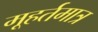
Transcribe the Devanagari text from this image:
मूहर्तमात्र